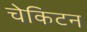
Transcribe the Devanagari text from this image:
चेकिटन